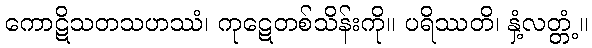
ကောဋိသတသဟဿံ၊ ကုဋေတစ်သိန်းကို။ ပရိဿတိ၊ နှံ့လတ္တံ့။